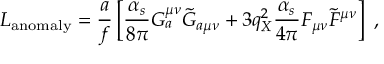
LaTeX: \frac { E _ { 0 } G _ { F } \lambda \cos 2 \theta } { L \Delta _ { 0 } \kappa } \sim 1 0 ^ { - 4 } \cos 2 \theta \ ,